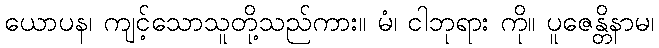
ယောပန၊ ကျင့်သောသူတို့သည်ကား။ မံ၊ ငါဘုရား ကို။ ပူဇေန္တိနာမ၊